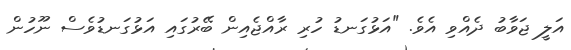
އަލީ ޖަވާބު ދެއްވި އެވެ. "އަޅުގަނޑު ހުރި ރާއްޖެއިން ބޭރުގައި އަޅުގަނޑުވެސް ނޫހުން